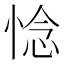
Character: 惗